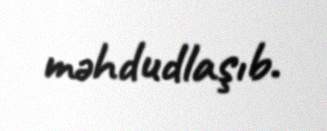
məhdudlaşıb.